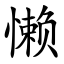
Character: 懒